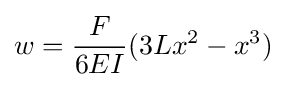
w={\frac {F}{6EI}}(3Lx^{2}-x^{3})\,~